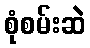
စုံစမ်းဆဲ